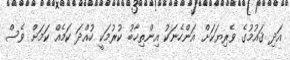
އަދި ޤައުމުގެ ވެރިޔަކަށް އަންހެނަކު އިންތިޚާބު ކުރުމަކީ ހުއްދަ ކަމެއް ކަމަށް ވެސް